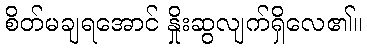
စိတ်မချရအောင် နှိုးဆွလျက်ရှိလေ၏။